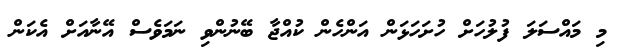
މި މައްސަލަ ފުލުހަށް ހުށަހަޅަން އަންހެން ކުއްޖާ ބޭނުންވި ނަމަވެސް އޭނާއަށް އެކަން